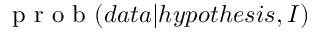
\mathrm { ~ p ~ r ~ o ~ b ~ } ( d a t a | h y p o t h e s i s , I )